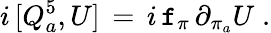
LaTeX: i\, [Q_{a}^{5},U]\, =\, i\, \mathtt{f}_{\pi}\, \partial_{\pi_{a}}U\; .